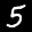
Label: 5